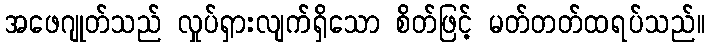
အဖေဂျုတ်သည် လှုပ်ရှားလျက်ရှိသော စိတ်ဖြင့် မတ်တတ်ထရပ်သည်။